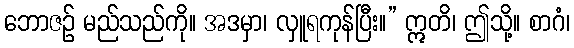
ဘောဇဉ် မည်သည်ကို။ အဒမှာ၊ လှူရကုန်ပြီး။” ဣတိ၊ ဤသို့။ စာဂံ၊